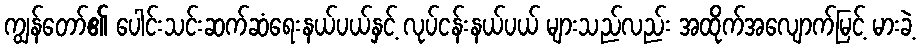
ကျွန်တော်၏ ပေါင်းသင်းဆက်ဆံရေးနယ်ပယ်နှင့် လုပ်ငန်းနယ်ပယ် များသည်လည်း အထိုက်အလျောက်မြင့် မားခဲ့